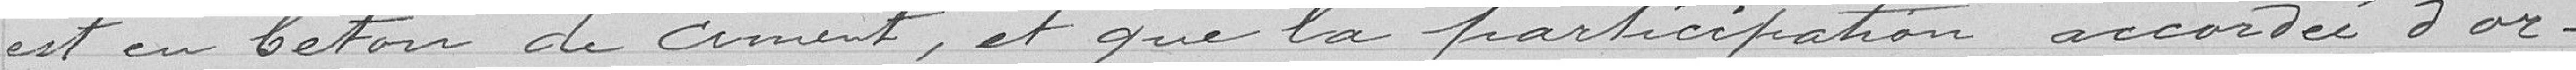
est en béton de ciment, et que la participation accordée d'or-